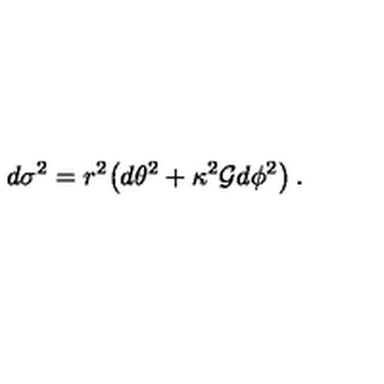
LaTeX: d \sigma ^ { 2 } = r ^ { 2 } { \bigl ( } d \theta ^ { 2 } + \kappa ^ { 2 } { \cal { G } } d \phi ^ { 2 } { \bigr ) } \: .